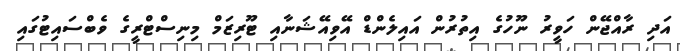
އަދި ރާއްޖޭން ހަވީރު ނޫހުގެ އިތުރުން އައިލެންޑް އޭވިއޭޝަނާއި ޓޫރިޒަމް މިނިސްޓްރީގެ ވެބްސައިޓުގައި